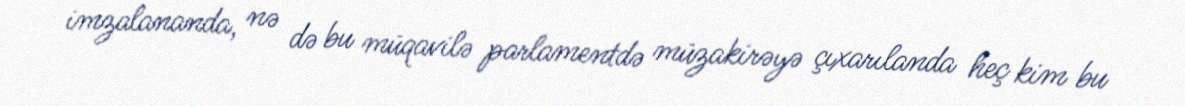
imzalananda, nə də bu müqavilə parlamentdə müzakirəyə çıxarılanda heç kim bu